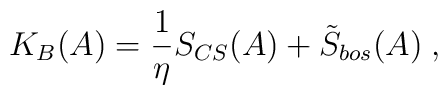
K_B(A)=\frac 1\eta S_{CS}(A)+\tilde{S}_{bos}(A)\;,